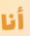
أنا